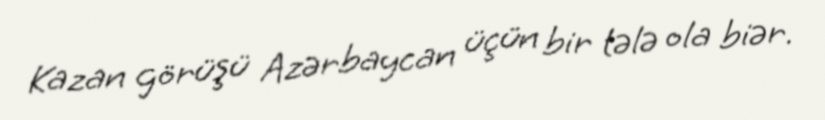
Kazan görüşü Azərbaycan üçün bir tələ ola biər.